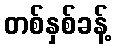
တစ်နှစ်ခန့်